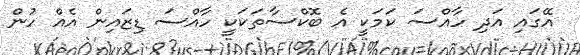
އޭގައި އަދި ހާއްސަ ކަމަކީ އެ ބޮކްސާތަކަކީ ހާއްސަ ޑިޒައިން އެއް ހުން